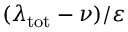
( \lambda _ { \mathrm { t o t } } - \nu ) / \varepsilon